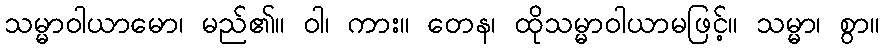
သမ္မာဝါယာမော၊ မည်၏။ ဝါ၊ ကား။ တေန၊ ထိုသမ္မာဝါယာမဖြင့်။ သမ္မာ၊ စွာ။